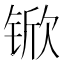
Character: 锨